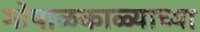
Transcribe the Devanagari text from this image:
गोपाळकाळ्याच्या